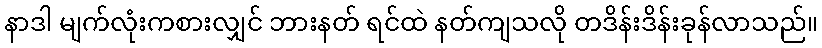
နာဒါ မျက်လုံးကစားလျှင် ဘားနတ် ရင်ထဲ နတ်ကျသလို တဒိန်းဒိန်းခုန်လာသည်။